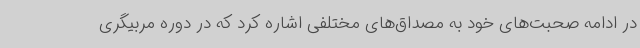
در ادامه صحبت‌های خود به مصداق‌های مختلفی اشاره کرد که در دوره مربیگری